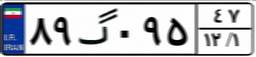
۵۰گ۶۷۲۲۲